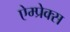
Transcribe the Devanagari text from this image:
ऐम्प्रेक्स